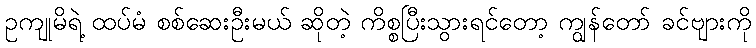
ဥကျုမိရဲ့ ထပ်မံ စစ်ဆေးဦးမယ် ဆိုတဲ့ ကိစ္စပြီးသွားရင်တော့ ကျွန်တော် ခင်ဗျားကို